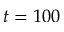
t = 1 0 0